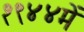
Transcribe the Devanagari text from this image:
१९४४में